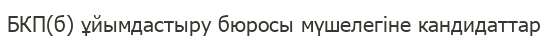
БКП(б) ұйымдастыру бюросы мүшелегіне кандидаттар